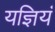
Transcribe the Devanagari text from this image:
यज्ञियं